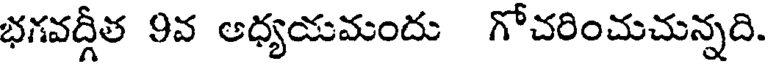
భగవద్గీత 9వ ఆధ్యయమందు గోచరించుచున్నది.